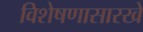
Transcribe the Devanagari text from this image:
विशेषणासारखे